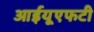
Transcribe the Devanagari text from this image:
आईयूएफटी